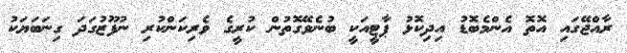
ރާއްޖޭގައި އޮތޮ އެންމެބޮޑު އިދިކޮޅު ޕާޓީއަކީ ބުނެވޭގޮތުން ކުރީގެ ވެރިކަންކުރި ނުފޫޒުގަދަ ގިނަބަޔަކު